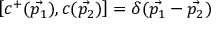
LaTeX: \left[ c ^ { + } ( \vec { p _ { 1 } } ) , c ( \vec { p _ { 2 } } ) \right] = \delta ( \vec { p _ { 1 } } - \vec { p _ { 2 } } )